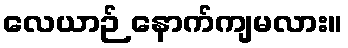
လေယာဉ် နောက်ကျမလား။